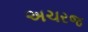
અચરજ